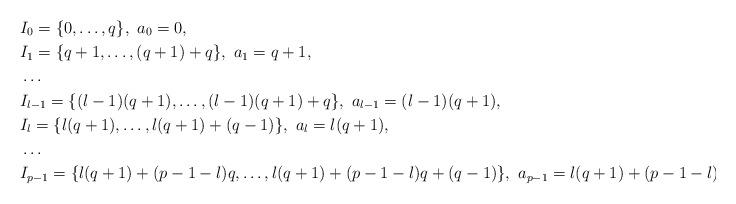
LaTeX: \begin{align*}&I_0=\{0,\dots,q\},\ a_0=0, \\&I_1=\{q+1,\dots,(q+1)+q\},\ a_1=q+1, \\&\dots \\&I_{l-1}=\{(l-1)(q+1),\dots,(l-1)(q+1)+q\},\ a_{l-1}=(l-1)(q+1), \\&I_l=\{l(q+1),\dots,l(q+1)+(q-1)\},\ a_l=l(q+1), \\&\dots \\&I_{p-1}=\{l(q+1)+(p-1-l)q,\dots,l(q+1)+(p-1-l)q+(q-1)\},\ a_{p-1}=l(q+1)+(p-1-l)q.\end{align*}